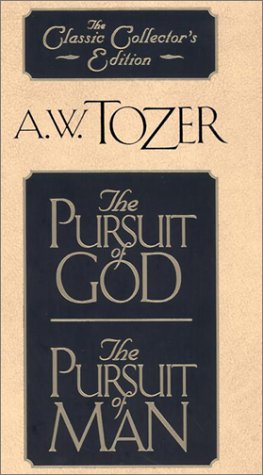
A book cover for The Pursuit of God/The Pursuit of Man; A. W. Tozer; Christian Books & Bibles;